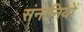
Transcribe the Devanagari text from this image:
संनानियों